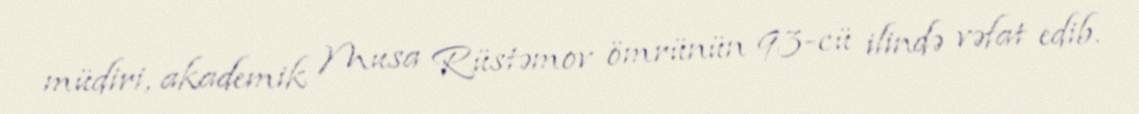
müdiri, akademik Musa Rüstəmov ömrünün 93-cü ilində vəfat edib.